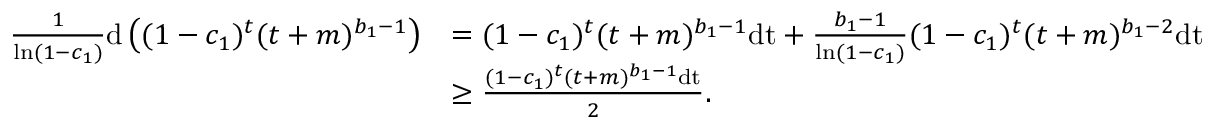
\begin{array} { r l } { \frac { 1 } { \ln ( 1 - c _ { 1 } ) } \mathrm { d } \left( ( 1 - c _ { 1 } ) ^ { t } ( t + m ) ^ { b _ { 1 } - 1 } \right) } & { = ( 1 - c _ { 1 } ) ^ { t } ( t + m ) ^ { b _ { 1 } - 1 } \mathrm { d t } + \frac { b _ { 1 } - 1 } { \ln ( 1 - c _ { 1 } ) } ( 1 - c _ { 1 } ) ^ { t } ( t + m ) ^ { b _ { 1 } - 2 } \mathrm { d t } } \\ & { \geq \frac { ( 1 - c _ { 1 } ) ^ { t } ( t + m ) ^ { b _ { 1 } - 1 } \mathrm { d t } } { 2 } . } \end{array}